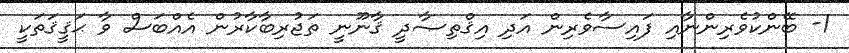
1- ބޭންކުވެރިންނާއި ފައިސާވެރިން އަދި އިޤްތިޞާދީ ޤާނޫނީ ތަޖުރިބާކާރުން އެއްބަސް ވާ ޙަޤީޤަތަކީ